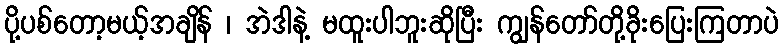
ပို့ပစ်တော့မယ့်အချိန် ၊ အဲဒါနဲ့ မထူးပါဘူးဆိုပြီး ကျွန်တော်တို့ခိုးပြေးကြတာပဲ